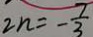
2 n = - \frac { 7 } { 3 }